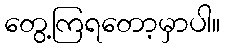
တွေ့ကြရတော့မှာပါ။